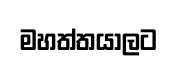
මහත්තයාලට